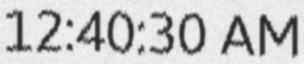
12:40:30 AM